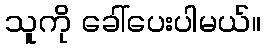
သူကို ခေါ်ပေးပါမယ်။